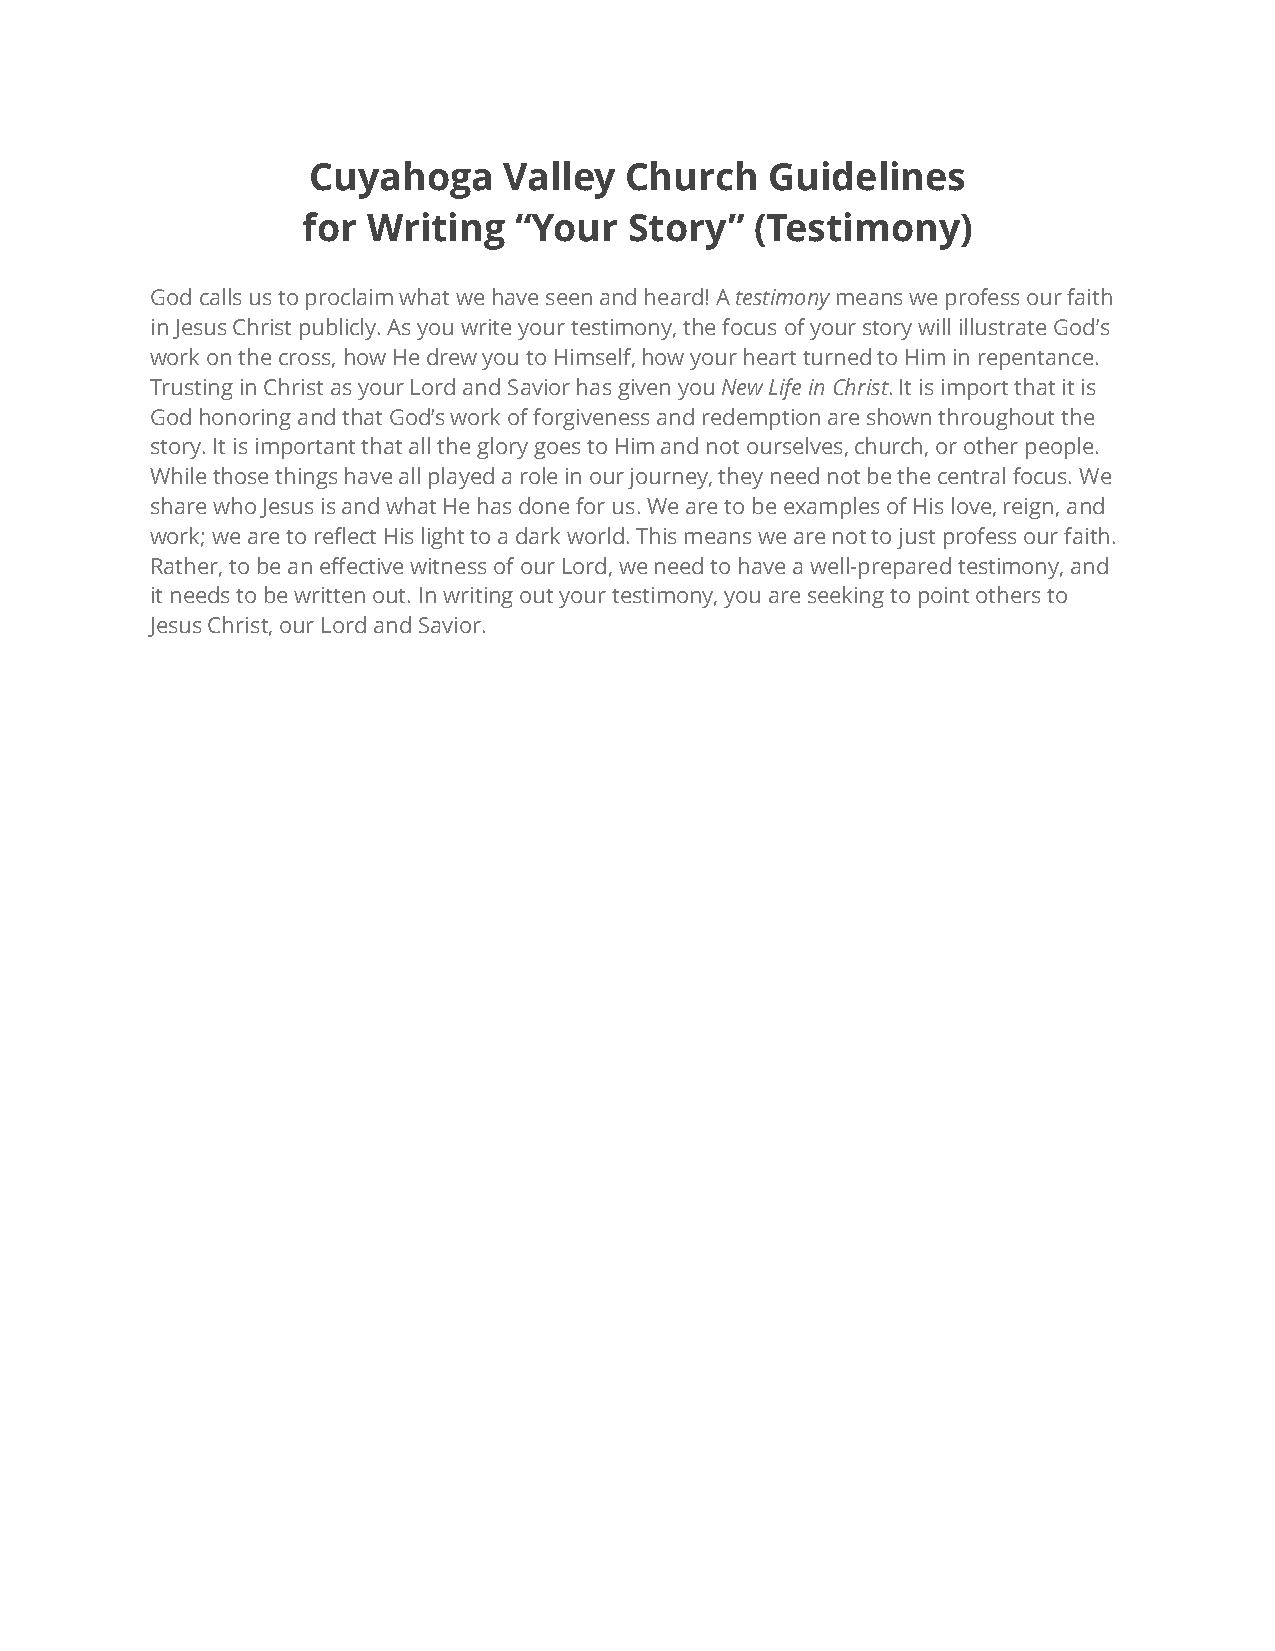
Cuyahoga     Valley  Church    Guidelines
 for Writing   “Your   Story”  (Testimony)
 God calls us to proclaim what we have seen and heard! A testimony means we profess our faith
 in Jesus Christ publicly. As you write your testimony, the focus of your story will illustrate God’s
 work on the cross, how He drew you to Himself, how your heart turned to Him in repentance.
 Trusting in Christ as your Lord and Savior has given you New Life in Christ. It is import that it is
 God honoring and that God’s work of forgiveness and redemption are shown throughout the
 story. It is important that all the glory goes to Him and not ourselves, church, or other people.
 While those things have all played a role in our journey, they need not be the central focus. We
 share who Jesus is and what He has done for us. We are to be examples of His love, reign, and
 work; we are to reflect His light to a dark world. This means we are not to just profess our faith.
 Rather, to be an effective witness of our Lord, we need to have a well-prepared testimony, and
 it needs to be written out. In writing out your testimony, you are seeking to point others to
 Jesus Christ, our Lord and Savior.